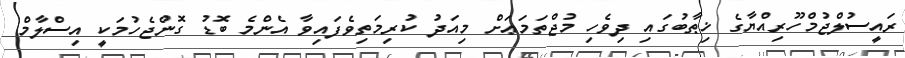
ރައީސުލްޖުމްހޫރިއްޔާގެ ޚިޠާބުގައި ދިވެހި މުޖްތަމަޢަށް މިއަދު ކުރިމަތިވެފައިވާ އެންމެ ބޮޑު ގޮންޖެހުމަކީ އިސްލާމް